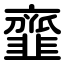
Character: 韲